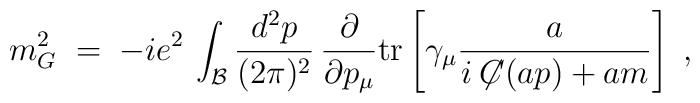
m^2_G \;=\; -i e^2 \, \int_{\mathcal B}  \frac{d^2p}{(2\pi)^2}\, \frac{\partial}{\partial p_\mu} {\rm tr}\left[ \gamma_\mu  \frac{a}{i \not \!\! C(a p) + a m} \right]\;,